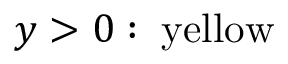
y > 0 : \; { \mathrm { y e l l o w } }